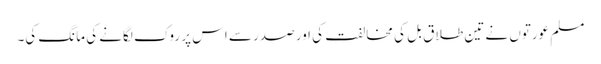
مسلم عورتوں نے تین طلاق بل کی مخالفت کی اور صدر سے اس پر روک لگانے کی مانگ کی۔